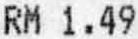
RM 1.49